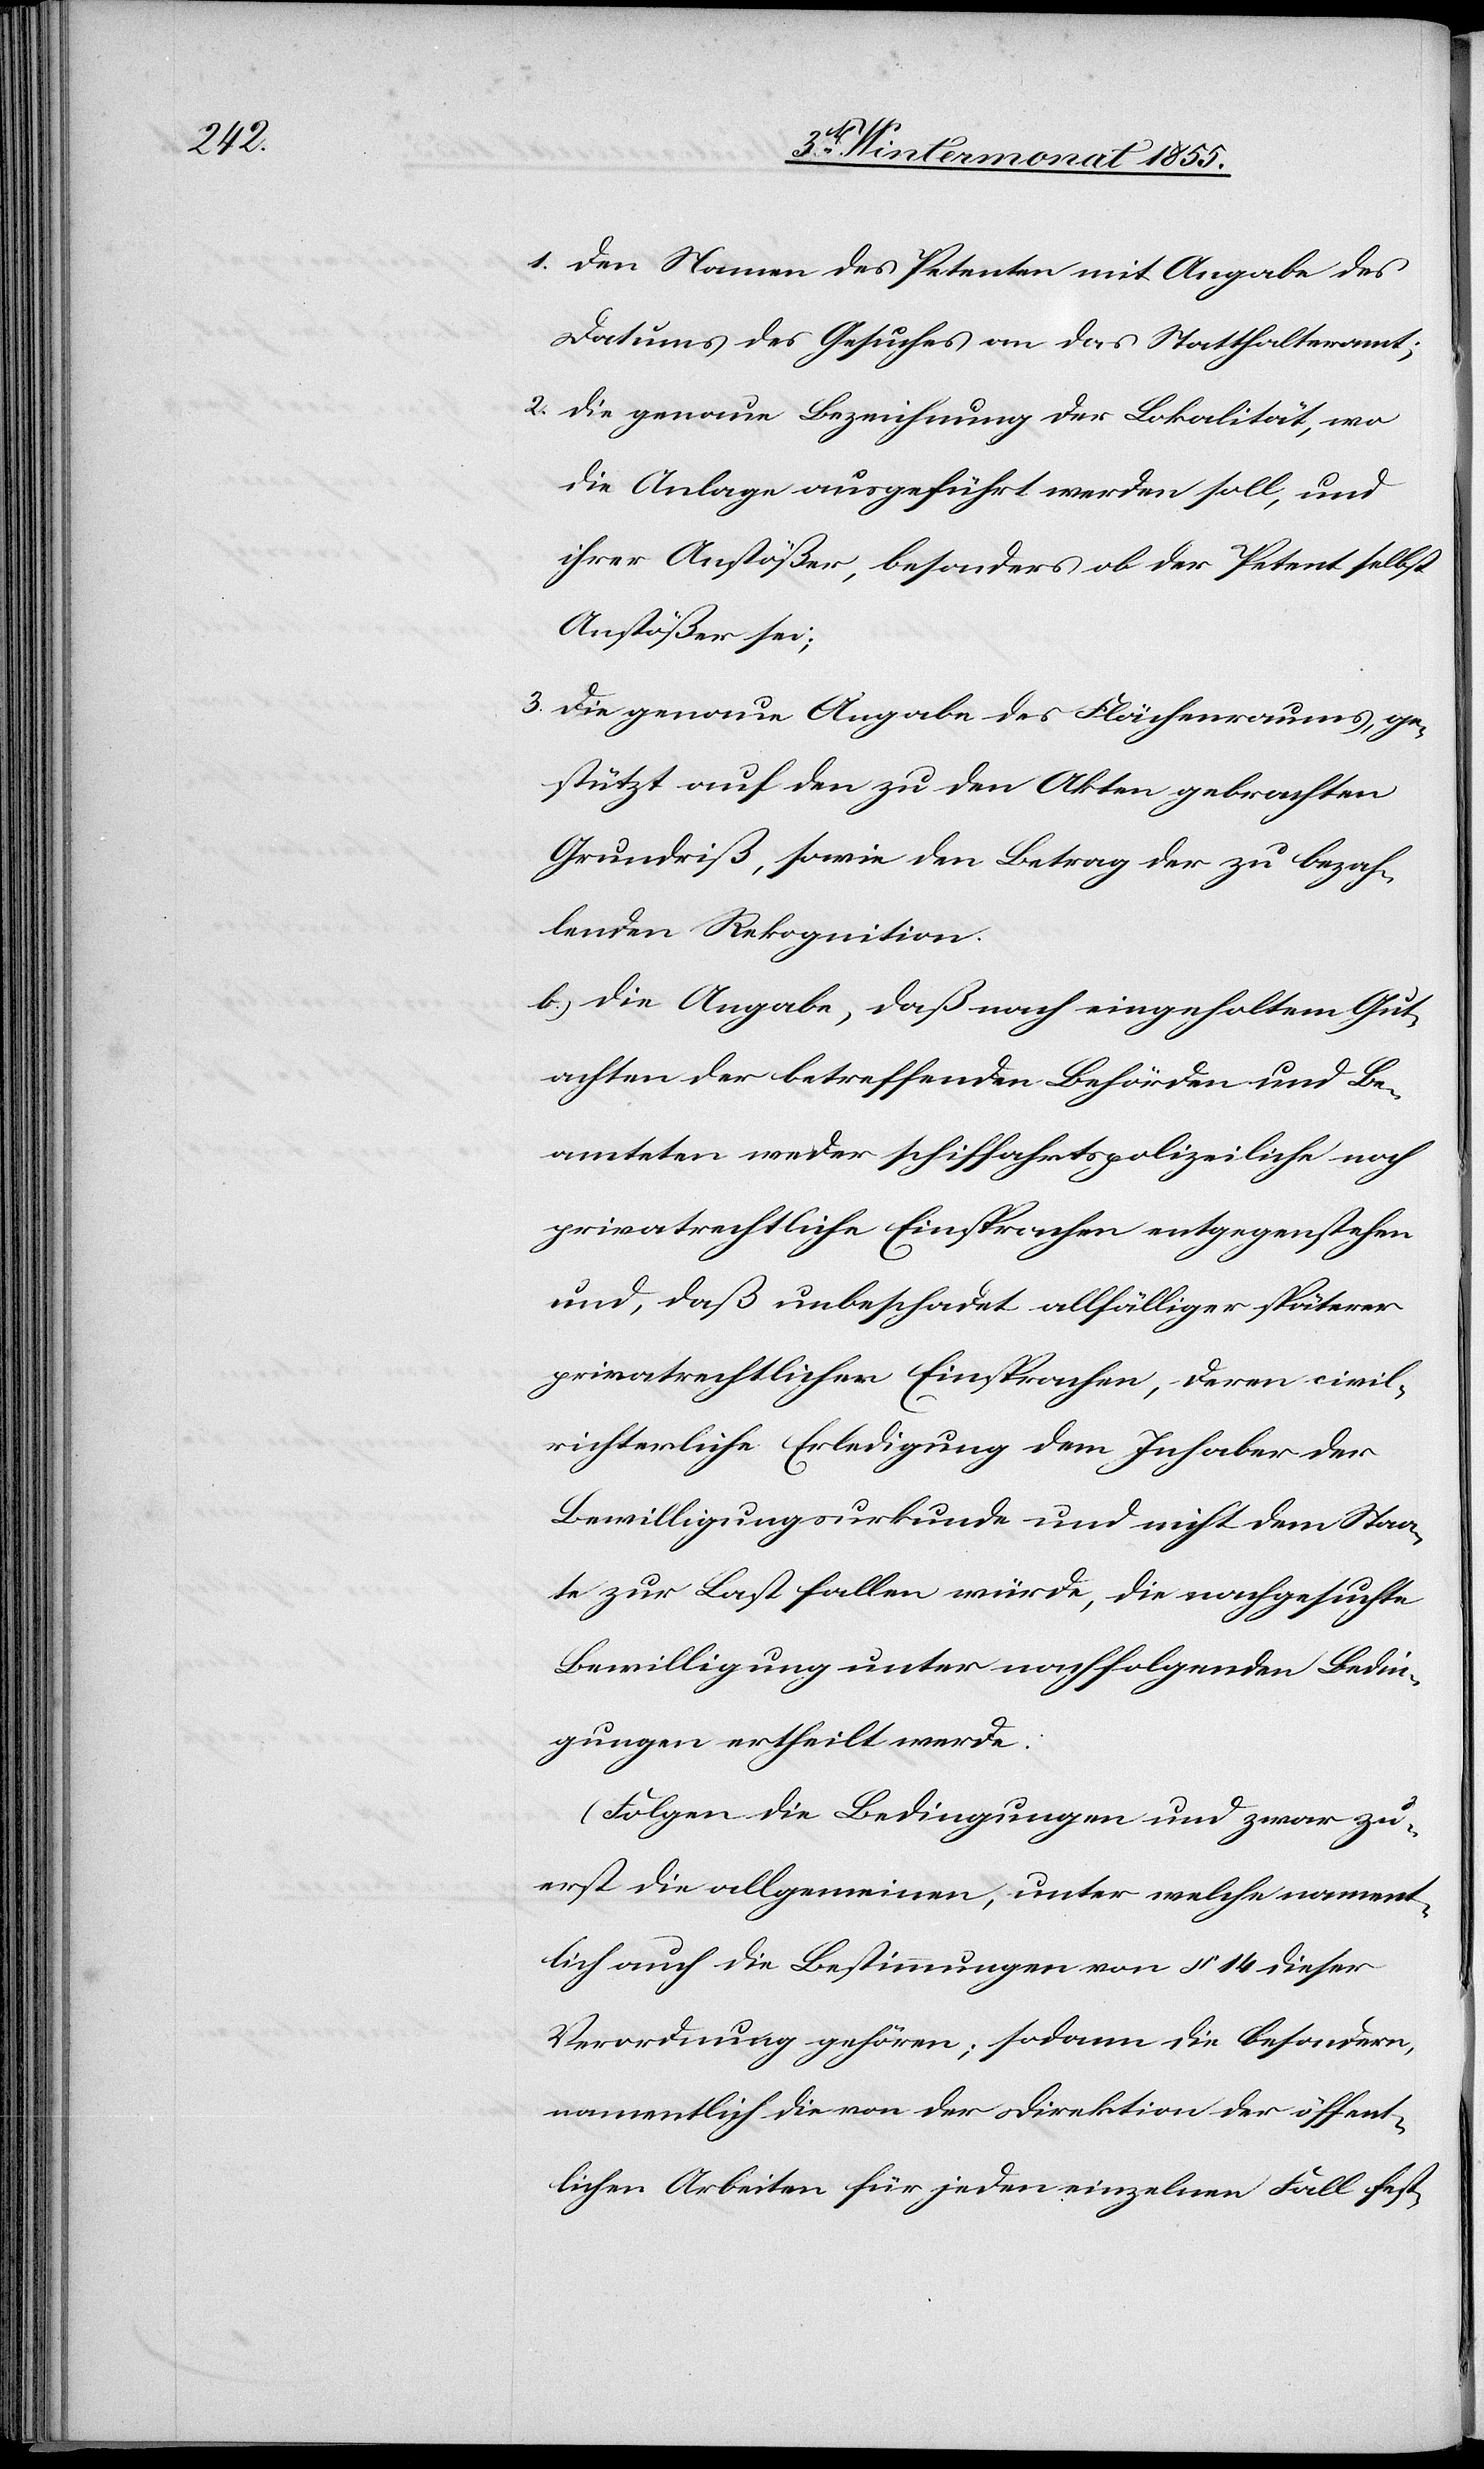
2.
den Namen des Petenten mit Angabe des
Datums des Gesuches an das Statthalteramt;
die genaue Bezeichnung der Lokalität, wo
die Anlage ausgeführt werden soll, und
ihrer Anstößer, besonders ob der Petent selbst
Anstößer sei;
die genaue Angabe des Flächenraums, ge¬
stützt auf den zu den Akten gebrachten
Grundriß, sowie den Betrag der zu bezah¬
lenden Rekognition.
die Angabe, daß nach eingeholtem Gut¬
achten der betreffenden Behörden und Be¬
amteten weder schiffahrtspolizeiliche noch
privatrechtliche Einsprachen entgegenstehen
und, daß unbeschadet allfälliger späterer
privatrechtlicher Einsprachen, deren civil¬
richterliche Erledigung dem Inhaber der
Bewilligungsurkunde und nicht dem Staa¬
te zur Last fallen würde, die nachgesuchte
Bewilligung unter nachfolgenden Bedin¬
gungen ertheilt werde:
(Folgen die Bedingungen und zwar zu¬
erst die allgemeinen, unter welche nament¬
lich auch die Bestimmungen von § 14 dieser
Verordnung gehören; sodann die besondern,
namentlich die von der Direktion der öffent¬
lichen Arbeiten für jeden einzelnen Fall fest-